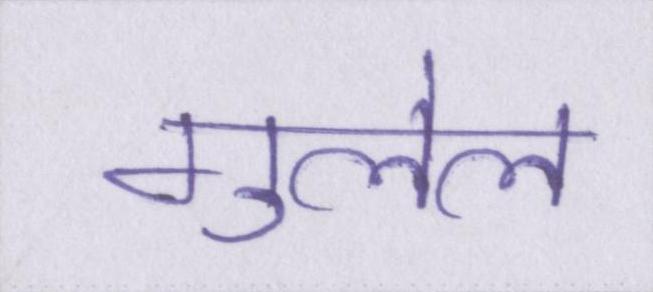
गुलेल